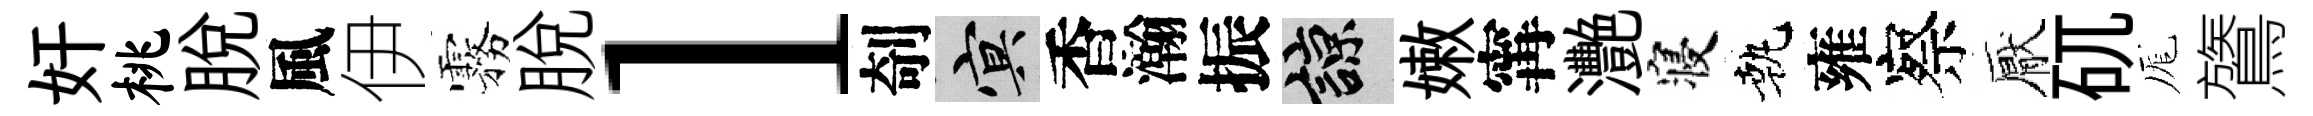
奸桃脱風伊霧脱l剞冥香瀚振諒嫩𡩋灧寝執雍察厭矹厖鷟